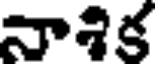
నాశిక